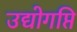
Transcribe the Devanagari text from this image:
उद्योगप्ति